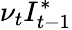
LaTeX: \nu_{t}I_{t-1}^{*}